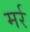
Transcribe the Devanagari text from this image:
मर्र